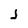
Character: j